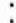
: